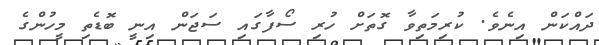
ދައްކަން އިނެވެ. ކުރިމަތިވާ ގޮތަށް ހުރި ސޯފާގައި ސަޖަން އިނީ ބޮޑެތި މީހުންގެ